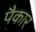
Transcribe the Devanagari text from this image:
पैकार